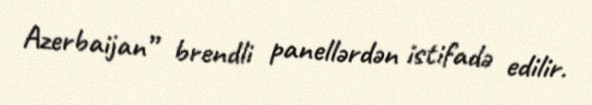
Azerbaijan” brendli panellərdən istifadə edilir.